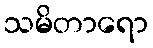
သမိတာရော